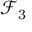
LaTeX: { \mathcal { F } } _ { 3 }